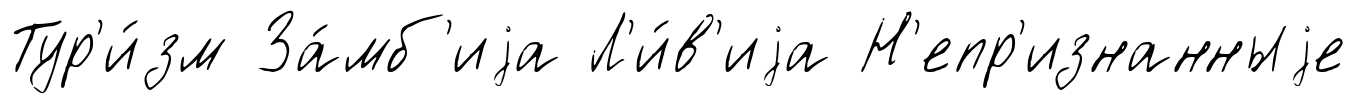
Тур'и́зм За́мб'иjа Л'и́в'иjа Н'епр'изнанныjе